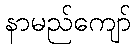
နာမည်ကျော်